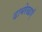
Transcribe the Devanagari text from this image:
दाबरेखाएँ